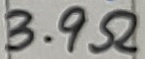
Text: 3.9Ω